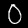
Label: 0